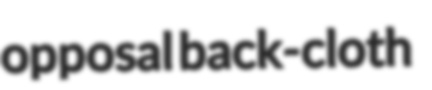
opposal back-cloth